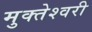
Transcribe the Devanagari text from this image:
मुक्‍तेश्‍वरी